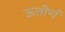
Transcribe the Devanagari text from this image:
ऊत्तीर्ण